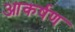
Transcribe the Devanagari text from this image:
आकर्षण्‍ा